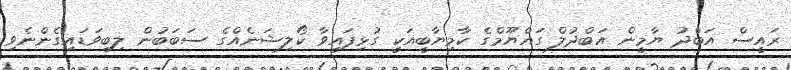
ރައީސް އަބްދު ޔާމީން އަބްދުލް ގައްޔޫމްގެ ކާމިޔާބީއަކީ ގުޅިފައިވާ ކޯލިޝަނެއްގެ ސަބަބުން ލިބިވަޑައިގެންނެވި